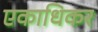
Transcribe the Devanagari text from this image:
एकाधिकर